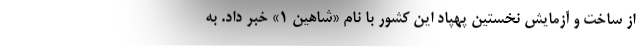
از ساخت و آزمایش نخستین پهپاد این کشور با نام «شاهین ۱» خبر داد. به